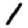
Digit: 1